Vaccination in the Punjab 1867-1880 - 1867-1880
Year: 1867
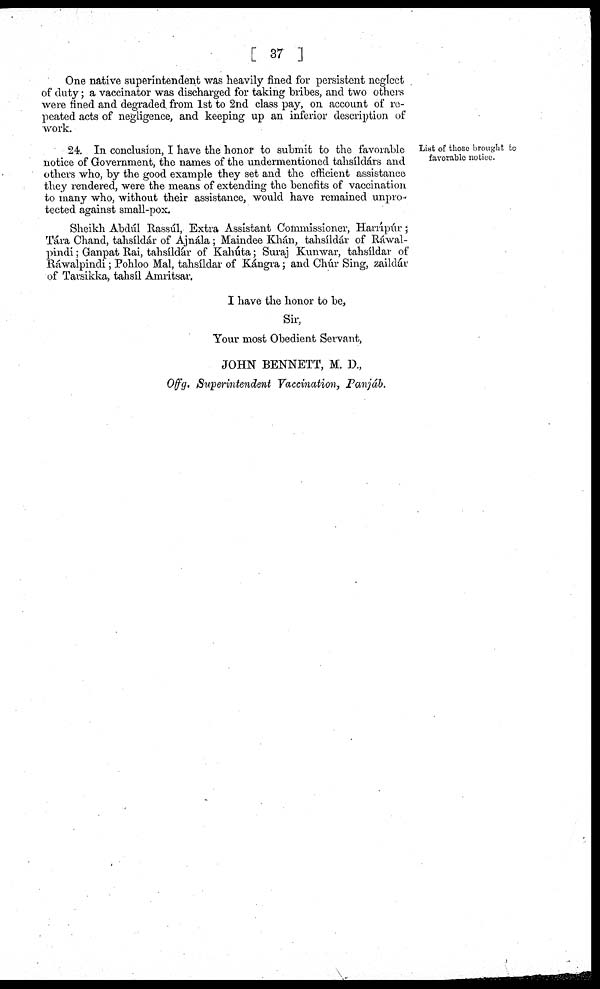
[ 37 ]
One native superintendent was heavily fined for persistent neglect
of duty; a vaccinator was discharged for taking bribes, and two others
were fined and degraded from 1st to 2nd class pay, on account of re-
peated acts of negligence, and keeping up an inferior description of
work.
List of those brought to
favorable notice.
24. In conclusion, I have the honor to submit to the favorable
notice of Government, the names of the undermentioned tahsíldárs and
others who, by the good example they set and the efficient assistance
they rendered, were the means of extending the benefits of vaccination
to many who, without their assistance, would have remained unpro-
tected against small-pox.
Sheikh Abdul Rassúl, Extra Assistant Commissioner, Harrípúr ;
Tára Chand, tahsíldár of Ajnála; Maindee Khán, tahsíldár of Ráwal-
pindi ; Ganpat Rai, tahsíldár of Kahúta; Suraj Kunwar, tahsíldar of
Ráwalpindi; Pohloo Mal tahsíldar of Kángra; and Chúr Sing, zaildáv
of Tarsikka, tahsíl Amritsar.
I have the honor to be,
Sir,
Your most Obedient Servant,
JOHN BENNETT, M. D.,
Offg. Superintendent Vaccination, Panjáb.